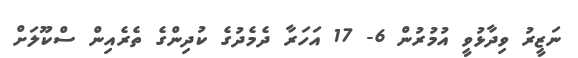
ނަޒީރު ވިދާޅުވީ އުމުރުން 6- 17 އަހަރާ ދެމެދުގެ ކުދިންގެ ތެރެއިން ސްކޫލަށް